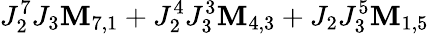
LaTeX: J_{2}^{7}J_{3}\mathbf{M}_{7,1}+J_{2}^{4}J_{3}^{3}\mathbf{M}_{4,3}+J_{2}J_{3}^{5}\mathbf{M}_{1,5}